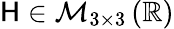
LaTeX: \mathsf{H}\in\mathcal{M}_{3\times 3}\left(\mathbb{R}\right)